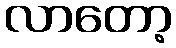
လာတော့